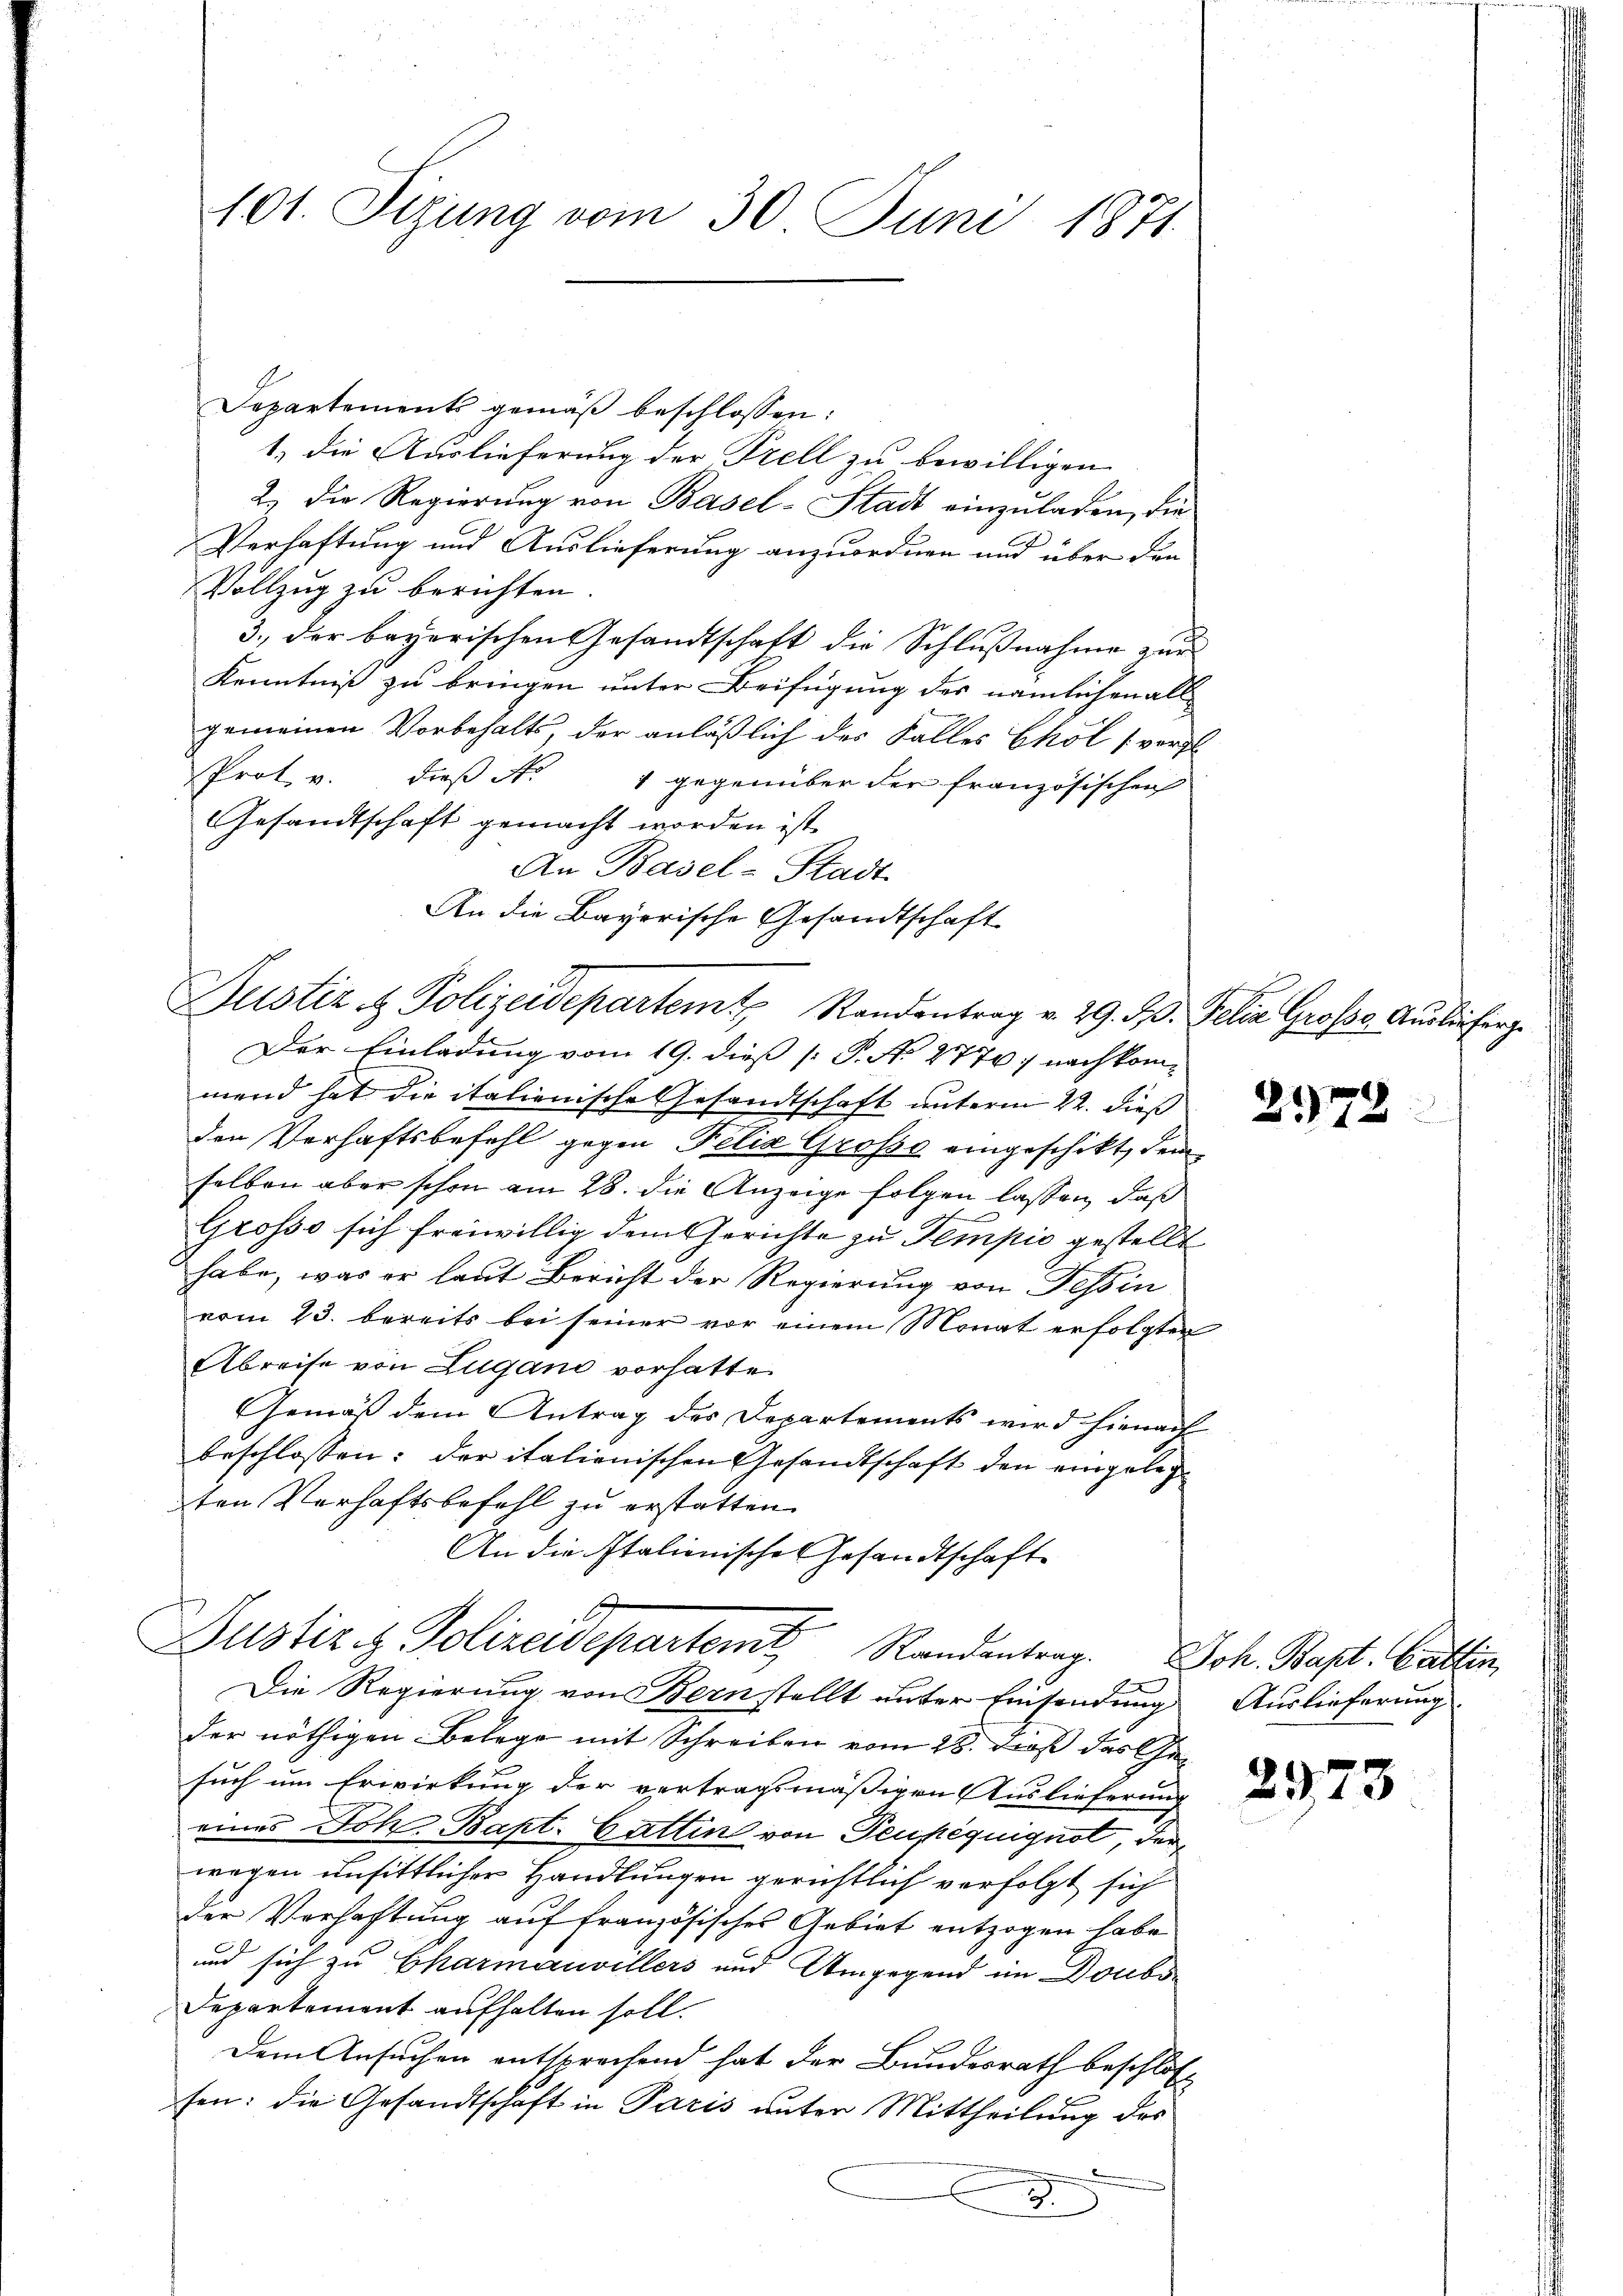
101. Sizung vom 30. Juni 1871

Departements gemäß beschlossen:
1.) die Auslieferung der Prell zu bewilligen.
2.) Die Regierung von Basel-Stadt einzuladen, die
Verhaftung und Auslieferung anzuordnen und über den
Vollzug zu berichten.
3., der bayerischen Gesandtschaft die Schlußnahme zur
Kenntniß zu bringen unter Beifügung des nämlichen all
gemeinen Vorbehalts, der anläßlich des Falles Eköl (vorst
Prot. v. dieß Nr. 1 gegenüber der französischen
Gesandtschaft gemacht worden ist
An Basel-Stadt
An die Bayerische Gesandtschaft
Justiz & Polizeidepartem Randentrag v. 29. J. Felia Groso Auslieferg
Der Einladung vom 19. dieß [ P. N. 2774 nachkommend hat die italienische Gesandtschaft unterm 22. dieß
den Verhaftsbefehl gegen Felix Grosse eingeschikt, dem
selben aber schon am 28. die Anzeige folgen lassen, daß
Grosso sich freiwillig dem Gerichte zu Tempić gestellt
habe, was er laut Bericht der Regierung von Tessin
vom 23. bereits bei seiner vor einem Monat erfolgten
Abreise von Lugano vorhatte.
Gemäß dem Antrag des Departements wird hienach
beschlossen: der italienischen Gesandtschaft den eingelegten Verhaftsbefehl zu erstatten.
An die Italienische Gesandtschaft
Justiz & Polizeidepartent Randantrag. Joh. Bapt. Gattin,
Die Regierung von Bernstellt unter Einsendung Auslieferung
der nöthigen Belege mit Schreiben vom 25. Dieß das Gesuch um Erwirkung der vertragsmäßigen Auslieferung
eines Joh. Bapt. Gattin von Teuféquignot, der
wegen unsittlicher Handlungen gerichtlich verfolgt sich
der Verhaftung auf französisches Gebiet entzogen habe
und sich zu Charmauvillers und Umgegend im Doubs¬
Departement aufhalten soll.
Dem Ansuchen entsprechend hat der Bundesrath beschlosx
sen: die Gesandtschaft in Paris unter Mittheilung des
2

n

2178

2973